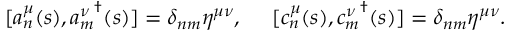
[ a _ { n } ^ { \mu } ( s ) , { a _ { m } ^ { \nu } } ^ { \dagger } ( s ) ] = \delta _ { n m } \eta ^ { \mu \nu } , ~ ~ ~ ~ [ c _ { n } ^ { \mu } ( s ) , { c _ { m } ^ { \nu } } ^ { \dagger } ( s ) ] = \delta _ { n m } \eta ^ { \mu \nu } .